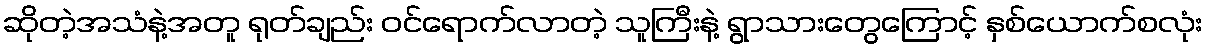
ဆိုတဲ့အသံနဲ့အတူ ရုတ်ချည်း ဝင်ရောက်လာတဲ့ သူကြီးနဲ့ ရွာသားတွေကြောင့် နှစ်ယောက်စလုံး